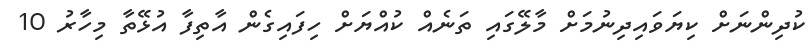
ކުދިންނަށް ކިޔަވައިދިނުމަށް މާލޭގައި ތަނެއް ކުއްޔަށް ހިފައިގެން އާތިފާ އުޅޭތާ މިހާރު 10